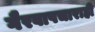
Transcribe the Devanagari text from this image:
गैरवापचाराही